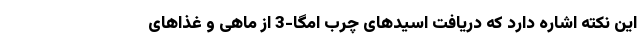
این نکته اشاره دارد که دریافت اسیدهای چرب امگا-3 از ماهی و غذاهای